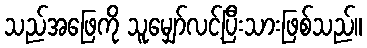
သည်အဖြေကို သူမျှော်လင့်ပြီးသားဖြစ်သည်။